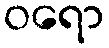
ဝရော